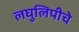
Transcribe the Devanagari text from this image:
लघुलिपीचे